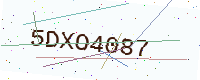
Text: 5DXO4087